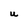
Character: U